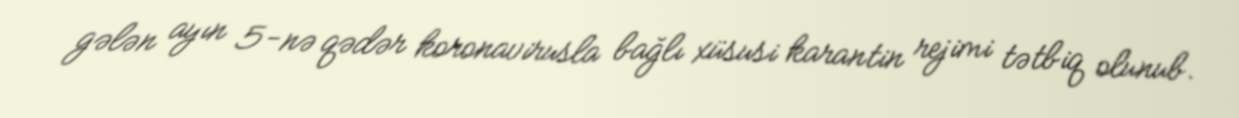
gələn ayın 5-nə qədər koronavirusla bağlı xüsusi karantin rejimi tətbiq olunub.